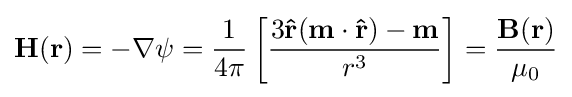
{\mathbf {H} }({\mathbf {r} })=-\nabla \psi ={\frac {1}{4\pi }}\left[{\frac {3\mathbf {\hat {r}} (\mathbf {m} \cdot \mathbf {\hat {r}} )-\mathbf {m} }{r^{3}}}\right]={\frac {\mathbf {B} ({\mathbf {r} })}{\mu _{0}}}